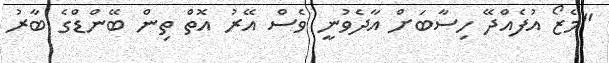
"މެޒޯ އުފެއްދޭ ހިސާބަށް އާދެވުނީ ވެސް އޭރު އޮތް ތިން ބޭންޑްގެ ބާރު